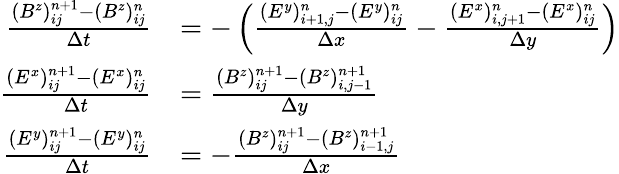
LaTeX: \begin{array}{rl}{\frac{(B^{z})_{ij}^{n+1}-(B^{z})_{ij}^{n}}{\Delta t}}&{=-\left(\frac{(E^{y})_{i+1,j}^{n}-(E^{y})_{ij}^{n}}{\Delta x}-\frac{(E^{x})_{i,j+1}^{n}-(E^{x})_{ij}^{n}}{\Delta y}\right)}\\ {\frac{(E^{x})_{ij}^{n+1}-(E^{x})_{ij}^{n}}{\Delta t}}&{=\frac{(B^{z})_{ij}^{n+1}-(B^{z})_{i,j-1}^{n+1}}{\Delta y}}\\ {\frac{(E^{y})_{ij}^{n+1}-(E^{y})_{ij}^{n}}{\Delta t}}&{=-\frac{(B^{z})_{ij}^{n+1}-(B^{z})_{i-1,j}^{n+1}}{\Delta x}}\end{array}